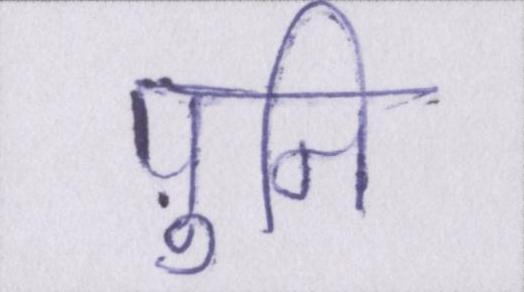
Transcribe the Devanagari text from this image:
पुनि